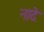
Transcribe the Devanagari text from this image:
नादे